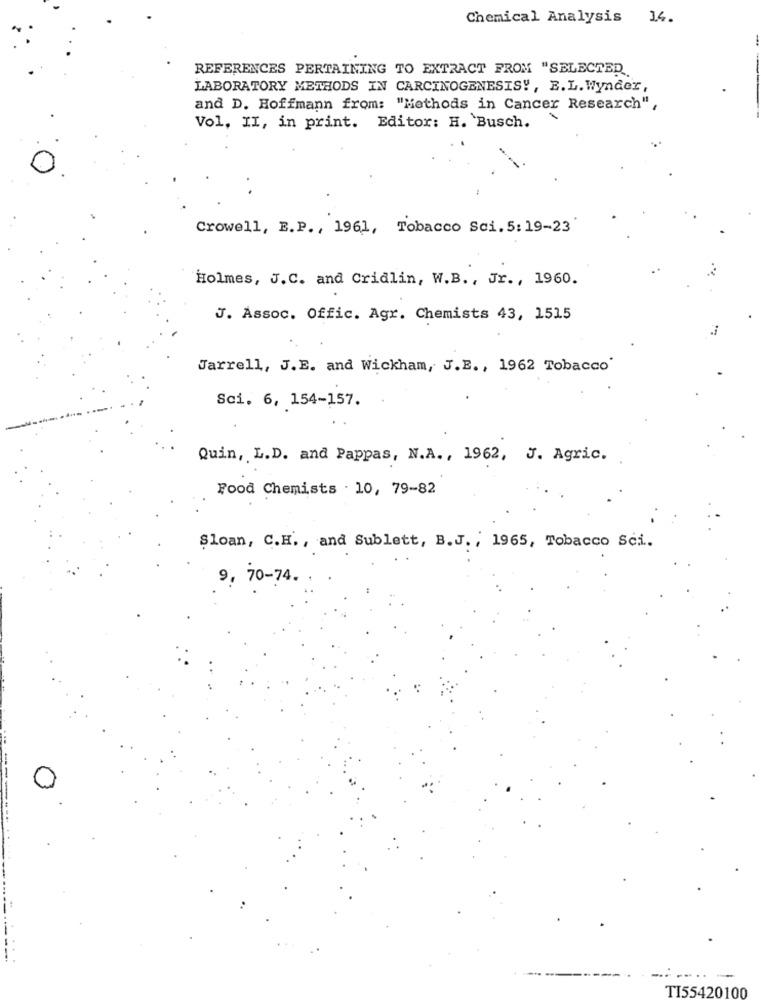
Chemical Analysis 14.
REFERENCES PERTAINING TO EXTRACT FROM "SELECTED
LABORATORY METHODS IN CARCINOGENESIS !, E.L. Wynder,
and D. Hoffmann from: "Methods in Cancer Research",
Vol. II, in print. Editor: H. Busch.
Crowell, E.P ., 1961, Tobacco Sci. 5:19-23
Holmes, J.C. and Cridlin, W.B ., Jr ., 1960.
J. Assoc. Offic. Agr. Chemists 43, 1515
Jarrell, J.E. and Wickham, J.E ., 1962 Tobacco'
Sci. 6, 154-157.
Quin, L.D. and Pappas, N.A ., 1962, J. Agric.
Food Chemists . 10, 79-82
Sloan, C.H. , and Sublett, B.J. , 1965, Tobacco Sci.
9, 70-74.
----..
TI55420100